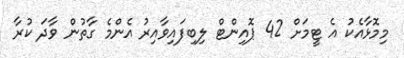
މިމޮޅާއެކު އެ ޓީމަށް 42 ޕޮއިންޓް ލިބިފައިވާއިރު އެންމެ ގާތުން ވާދަ ކުރާ